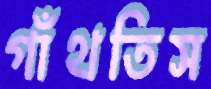
গাঁথতিস